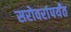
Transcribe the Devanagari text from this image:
सरोवरांपर्यंत